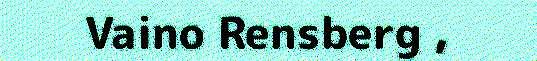
Vaino Rensberg ,